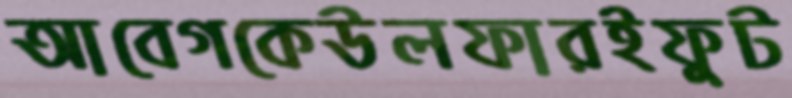
আবেগকেউলফারইফুট